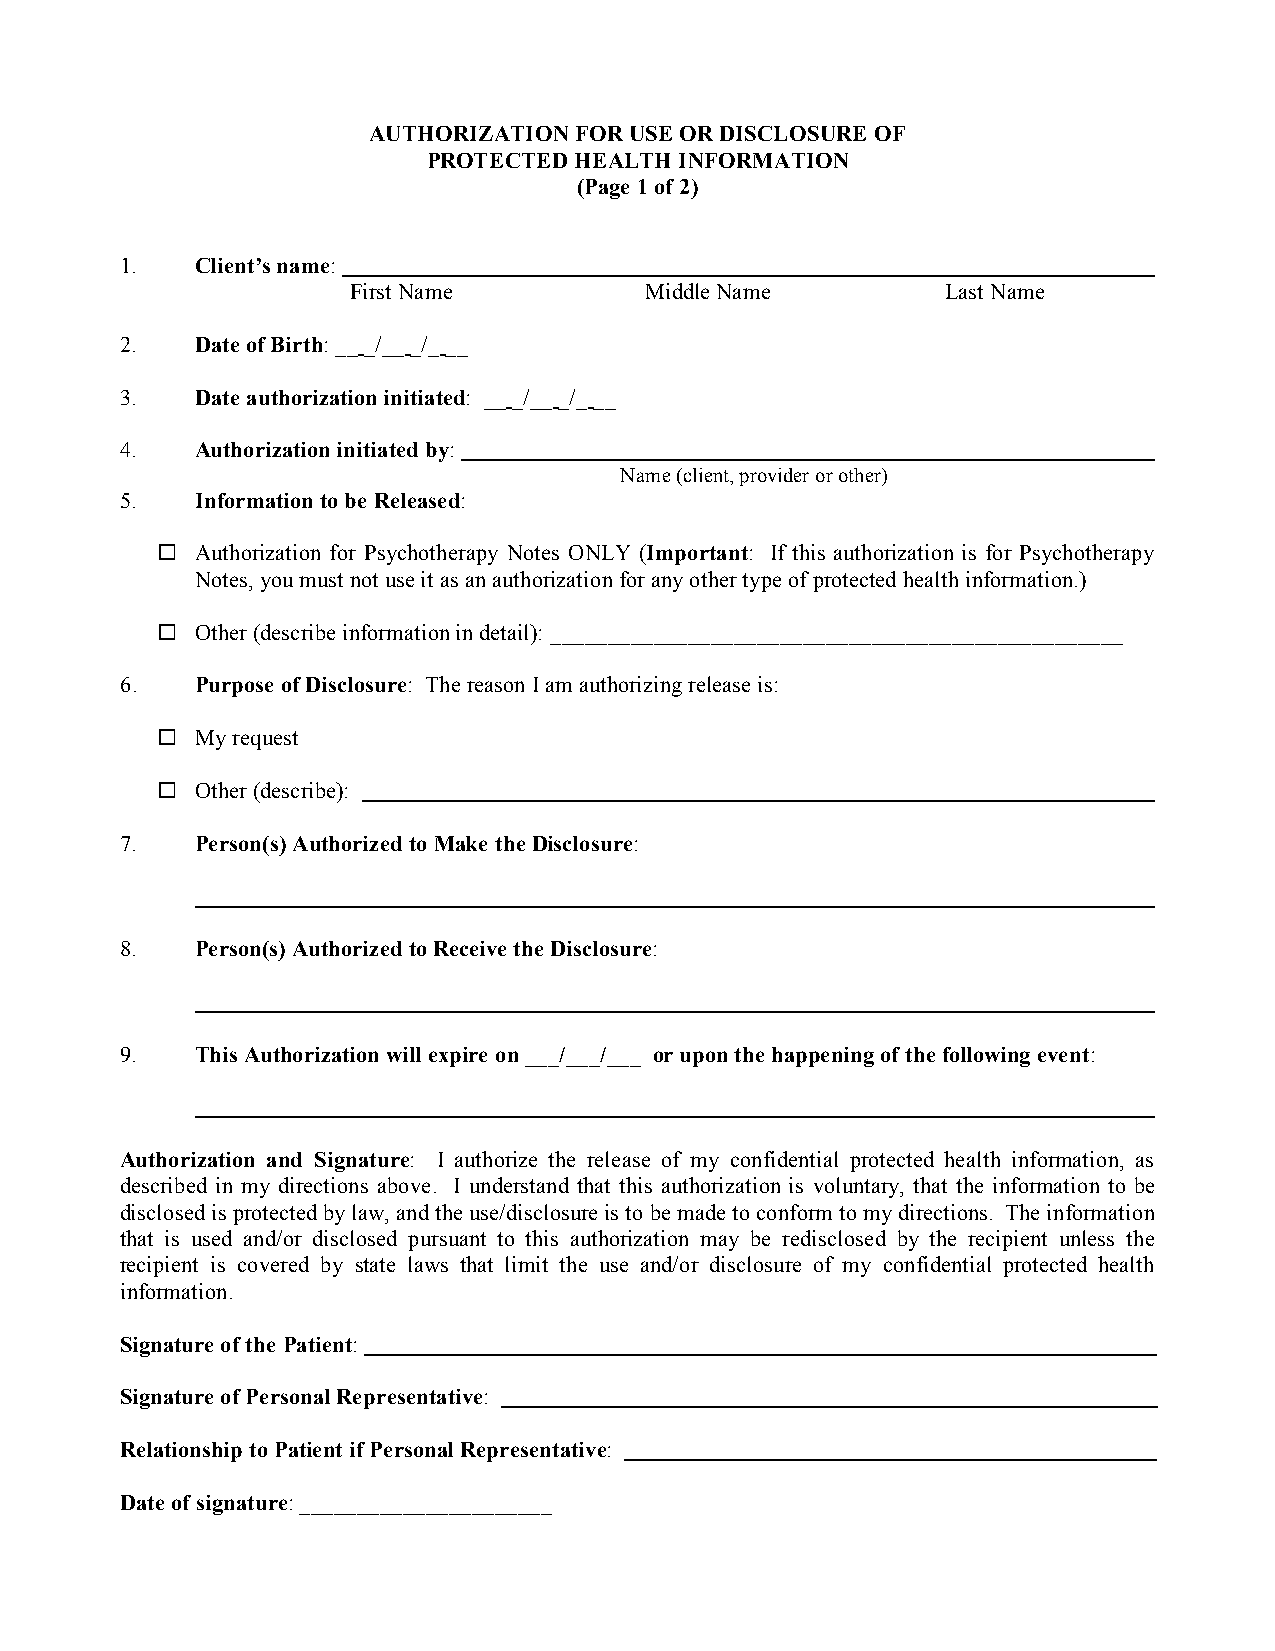
AUTHORIZATION FOR USE OR DISCLOSURE OF
 PROTECTED HEALTH INFORMATION
 (Page 1 of 2)
 1.   Client’s name:
 First Name          Middle Name         Last Name
 2.   Date of Birth: __ _/__ _/_ __
 3.   Date authorization initiated: __ _/__ _/_ __
 4.   Authorization initiated by:
 Name (client, provider or other)
 5.   Information to be Released:
   !Authorization for Psychotherapy Notes ONLY (Important: If this authorization is for Psychotherapy
 Notes, you must not use it as an authorization for any other type of protected health information.)
   !Other (describe information in detail): __________________________________________________
 6.   Purpose of Disclosure: The reason I am authorizing release is:
   !My request
 !
   Other (describe):
 7.   Person(s) Authorized to Make the Disclosure:
 8.   Person(s) Authorized to Receive the Disclosure:
 9.   This Authorization will expire on ___/___/___ or upon the happening of the following event:
 Authorization and Signature: I authorize the release of my confidential protected health information, as
 described in my directions above. I understand that this authorization is voluntary, that the information to be
 disclosed is protected by law, and the use/disclosure is to be made to conform to my directions. The information
 that is used and/or disclosed pursuant to this authorization may be redisclosed by the recipient unless the
 recipient is covered by state laws that limit the use and/or disclosure of my confidential protected health
 information.
 Signature of the Patient:
 Signature of Personal Representative:
 Relationship to Patient if Personal Representative:
 Date of signature: ______________________